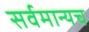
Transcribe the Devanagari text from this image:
सर्वमान्यच